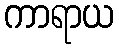
ကာရာယ